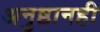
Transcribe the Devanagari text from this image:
अनुष्ठानही